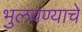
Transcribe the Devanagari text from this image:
भुलवण्याचे